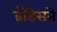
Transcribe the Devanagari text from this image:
ब्रँडिसने